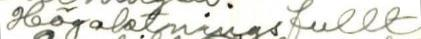
Högaktningsfullt